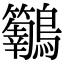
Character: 𮭝